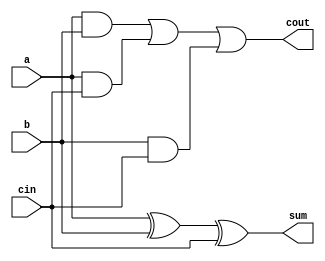
module full_adder(input a, input b, input cin, output sum, output cout);
    assign sum = a ^ b ^ cin;
    assign cout = a & b | a & cin | b & cin;
endmodule

module top_module (
    input [3:0] x,
    input [3:0] y, 
    output [4:0] sum);
	wire a_sum, b_sum, c_sum, d_sum, a_carry, b_carry, c_carry, d_carry;
    full_adder add1(x[0], y[0], 1'b0, a_sum, a_carry);
    full_adder add2(x[1], y[1], a_carry, b_sum, b_carry);
    full_adder add3(x[2], y[2], b_carry, c_sum, c_carry);
    full_adder add4(x[3], y[3], c_carry, d_sum, d_carry);
    assign sum = {d_carry, d_sum, c_sum, b_sum, a_sum};
endmodule